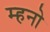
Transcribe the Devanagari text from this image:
म्हनो